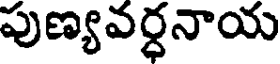
పుణ్యవర్ధనాయ